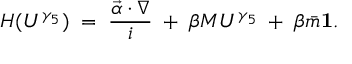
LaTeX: H ( U ^ { \gamma _ { 5 } } ) \; = \; \frac { \vec { \alpha } \cdot \nabla } { i } \; + \; \beta M U ^ { \gamma _ { 5 } } \; + \; \beta \bar { m } { \bf 1 } .